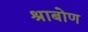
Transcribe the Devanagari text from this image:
श्राबोण